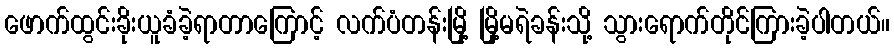
ဖောက်ထွင်းခိုးယူခံခဲ့ရာတာကြောင့် လက်ပံတန်းမြို့ မြို့မရဲခန်းသို့ သွားရောက်တိုင်ကြားခဲ့ပါတယ်။